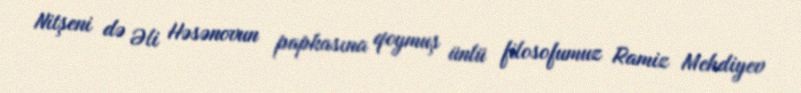
Nitşeni də Əli Həsənovun papkasına qoymuş ünlü filosofumuz Ramiz Mehdiyev